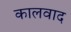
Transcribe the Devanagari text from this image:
कालवाद